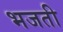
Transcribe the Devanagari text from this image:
भजती